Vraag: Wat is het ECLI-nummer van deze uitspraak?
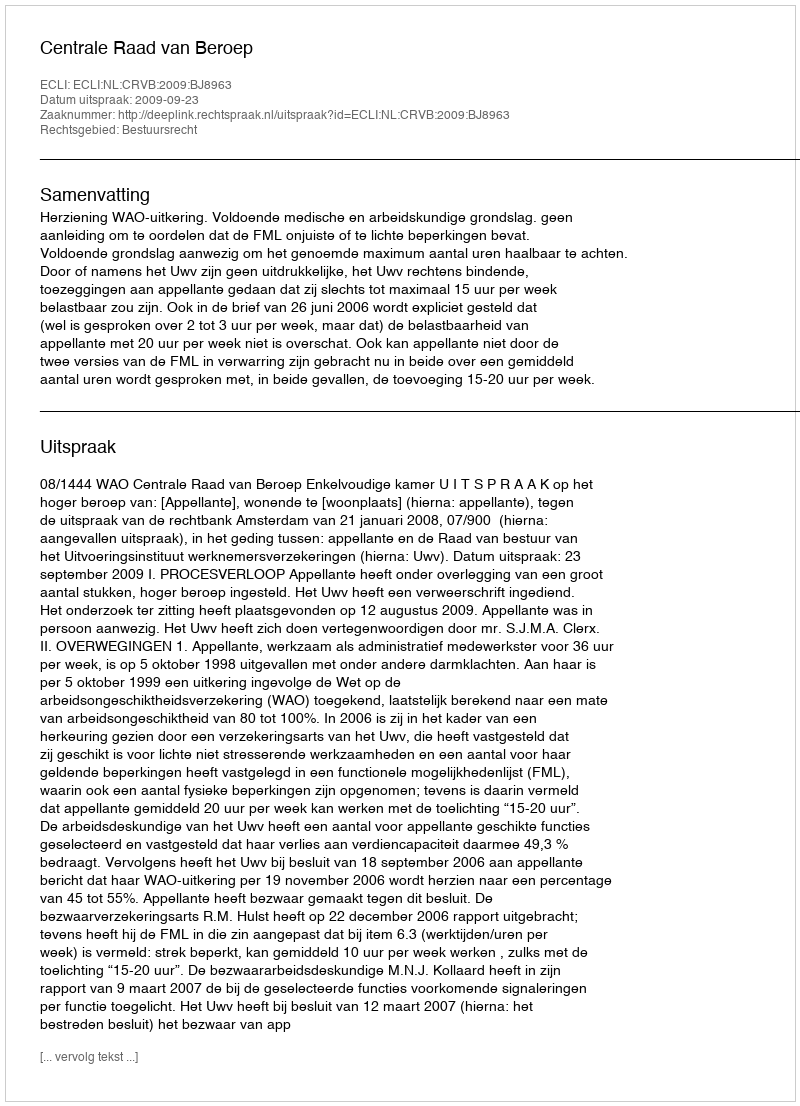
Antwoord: ECLI:NL:CRVB:2009:BJ8963